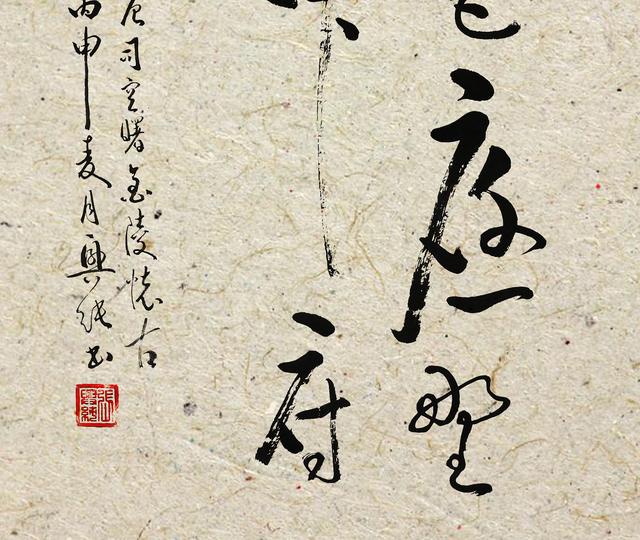
伤心庾开府，老作北朝臣。